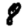
Digit: 8